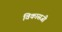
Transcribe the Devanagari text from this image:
विकासजी